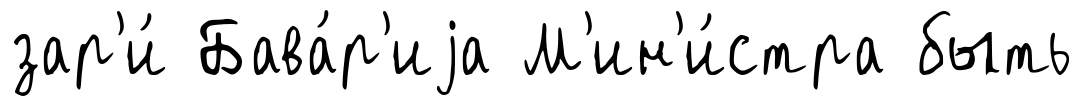
зар'и́ Бава́р'иjа М'ин'и́стра быть